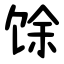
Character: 馀